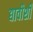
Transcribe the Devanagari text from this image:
द्यावीशी